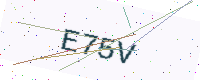
Text: E75V